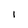
Character: l